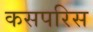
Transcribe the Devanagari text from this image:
कसपरिस